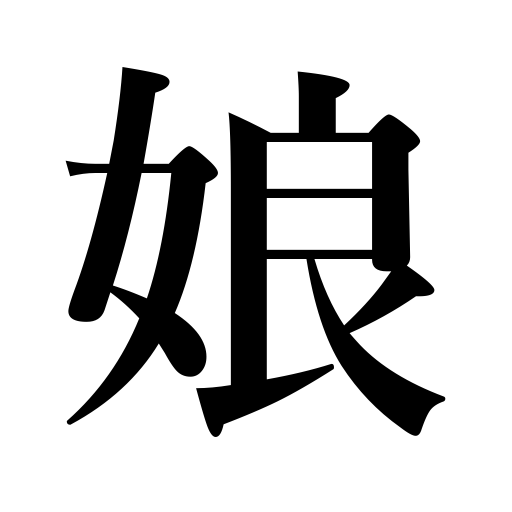
Meanings: girl,young woman,daughter